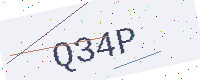
Text: Q34P